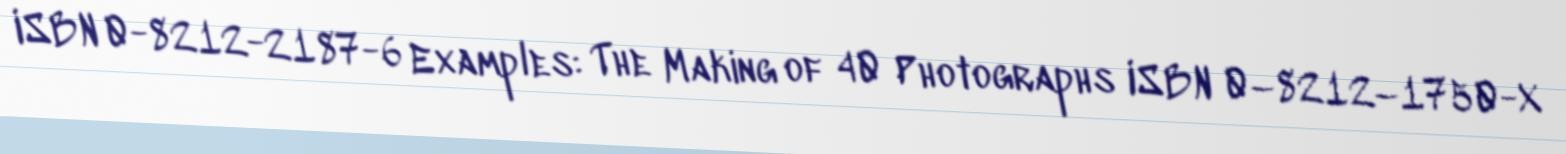
ISBN 0-8212-2187-6 Examples: The Making of 40 Photographs ISBN 0–8212–1750-X